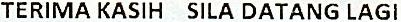
TERIMA KASIH SILA DATANG LAGI